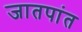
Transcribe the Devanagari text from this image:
जातपांत